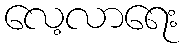
လေ့လာရေး